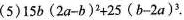
(5) 15b ( 2a-b )^{2} +25 ( b-2a )^{3}.